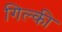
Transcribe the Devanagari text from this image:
गिल्की